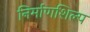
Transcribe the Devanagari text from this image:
निर्माणशिल्प